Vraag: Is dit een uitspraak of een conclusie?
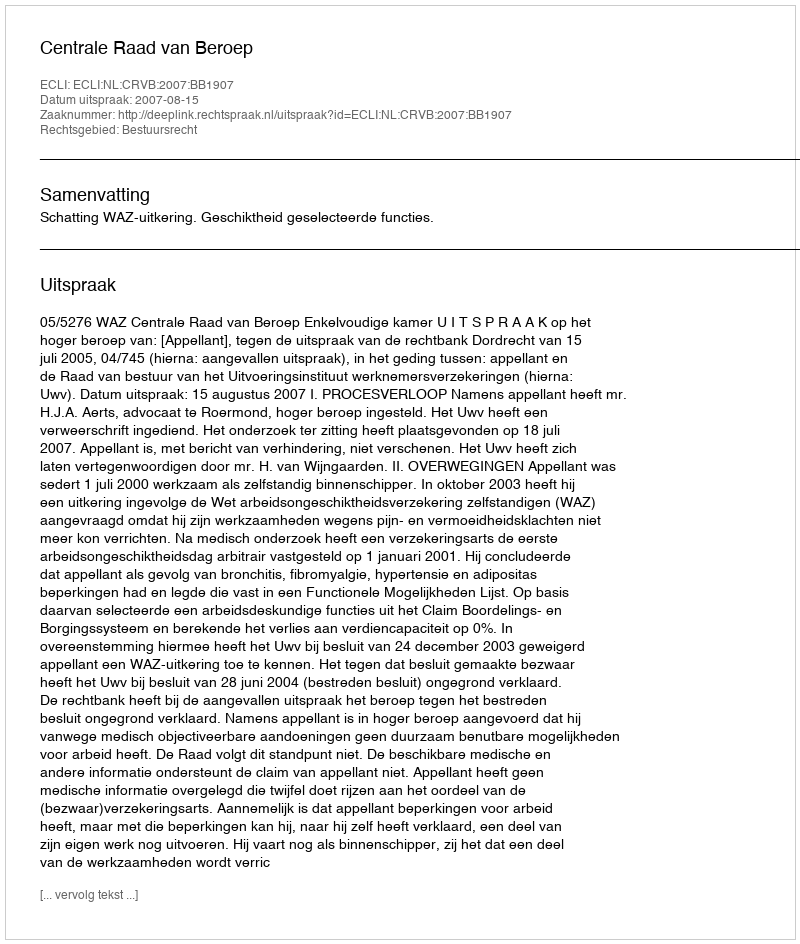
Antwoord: Uitspraak